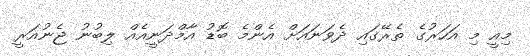
މިއީ މި އަހަރުގެ ތެރޭގައި ދެވަނައަށް އެންމެ ބޮޑު އާމްދަނީއެއް ލިބުނު ޖެނުއަރީ